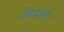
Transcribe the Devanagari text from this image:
हिस्साब